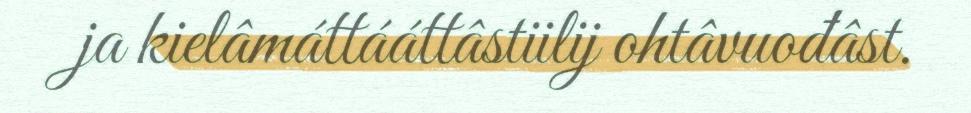
ja kielâmáttááttâstiilij ohtâvuođâst.